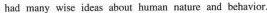
had many wise ideas about human nature and behavior.